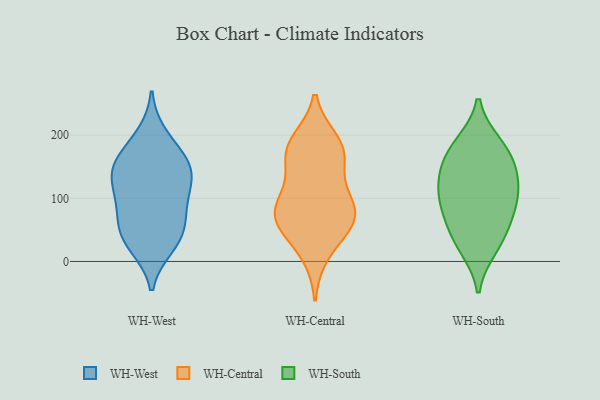
{"axis": {"x": "Budget (USD K)", "y": "Value"}, "legend": ["WH-Central", "WH-South", "WH-West"], "data": [{"x": "", "y": 200, "type": "WH-West"}, {"x": "", "y": 59, "type": "WH-West"}, {"x": "", "y": 24, "type": "WH-West"}, {"x": "", "y": 148, "type": "WH-West"}, {"x": "", "y": 133, "type": "WH-West"}, {"x": "", "y": 47, "type": "WH-West"}, {"x": "", "y": 143, "type": "WH-West"}, {"x": "", "y": 180, "type": "WH-West"}, {"x": "", "y": 103, "type": "WH-West"}, {"x": "", "y": 93, "type": "WH-West"}, {"x": "", "y": 52, "type": "WH-West"}, {"x": "", "y": 151, "type": "WH-West"}, {"x": "", "y": 148, "type": "WH-West"}, {"x": "", "y": 26, "type": "WH-West"}, {"x": "", "y": 97, "type": "WH-West"}, {"x": "", "y": 190, "type": "WH-Central"}, {"x": "", "y": 51, "type": "WH-Central"}, {"x": "", "y": 83, "type": "WH-Central"}, {"x": "", "y": 177, "type": "WH-Central"}, {"x": "", "y": 179, "type": "WH-Central"}, {"x": "", "y": 74, "type": "WH-Central"}, {"x": "", "y": 58, "type": "WH-Central"}, {"x": "", "y": 101, "type": "WH-Central"}, {"x": "", "y": 68, "type": "WH-Central"}, {"x": "", "y": 171, "type": "WH-Central"}, {"x": "", "y": 90, "type": "WH-Central"}, {"x": "", "y": 144, "type": "WH-Central"}, {"x": "", "y": 12, "type": "WH-Central"}, {"x": "", "y": 154, "type": "WH-South"}, {"x": "", "y": 85, "type": "WH-South"}, {"x": "", "y": 33, "type": "WH-South"}, {"x": "", "y": 154, "type": "WH-South"}, {"x": "", "y": 22, "type": "WH-South"}, {"x": "", "y": 183, "type": "WH-South"}, {"x": "", "y": 130, "type": "WH-South"}, {"x": "", "y": 105, "type": "WH-South"}, {"x": "", "y": 54, "type": "WH-South"}, {"x": "", "y": 115, "type": "WH-South"}, {"x": "", "y": 186, "type": "WH-South"}, {"x": "", "y": 85, "type": "WH-South"}]}